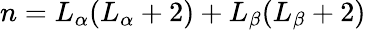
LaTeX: n=L_{\alpha}(L_{\alpha}+2)+L_{\beta}(L_{\beta}+2)